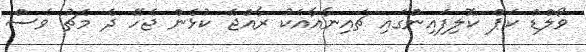
ވޯލްޑް ކަޕް ކޮލިފައިންގައި ޗައިނާއާއެކު ރާއްޖެ ކުޅެން ޖެހޭ ދެ މެޗު ވެސް